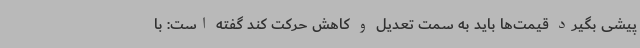
پیشی بگیرد قیمت‌ها باید به سمت تعدیل و کاهش حرکت کند گفته است: با